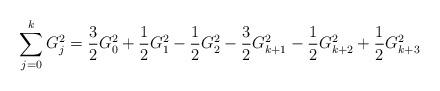
LaTeX: \begin{align*}\sum_{j = 0}^k {G_j^2 } = \frac{3}{2}G_0^2 + \frac{1}{2}G_1^2 - \frac{1}{2}G_2^2 - \frac{3}{2}G_{k + 1}^2 - \frac{1}{2}G_{k + 2}^2 + \frac{1}{2}G_{k + 3}^2\end{align*}